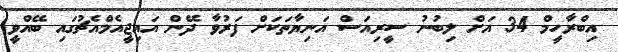
އިބްރާހީމް 34 އަށް ލިބުނު ސީރިއަސް އަނިޔާތަކަށް ފަރުވާ ދޭން އައިޖީއެމްއެޗުގައި ބޭއްވީ